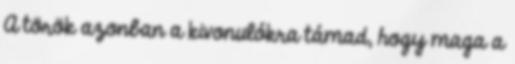
A török azonban a kivonulókra támad, hogy maga a